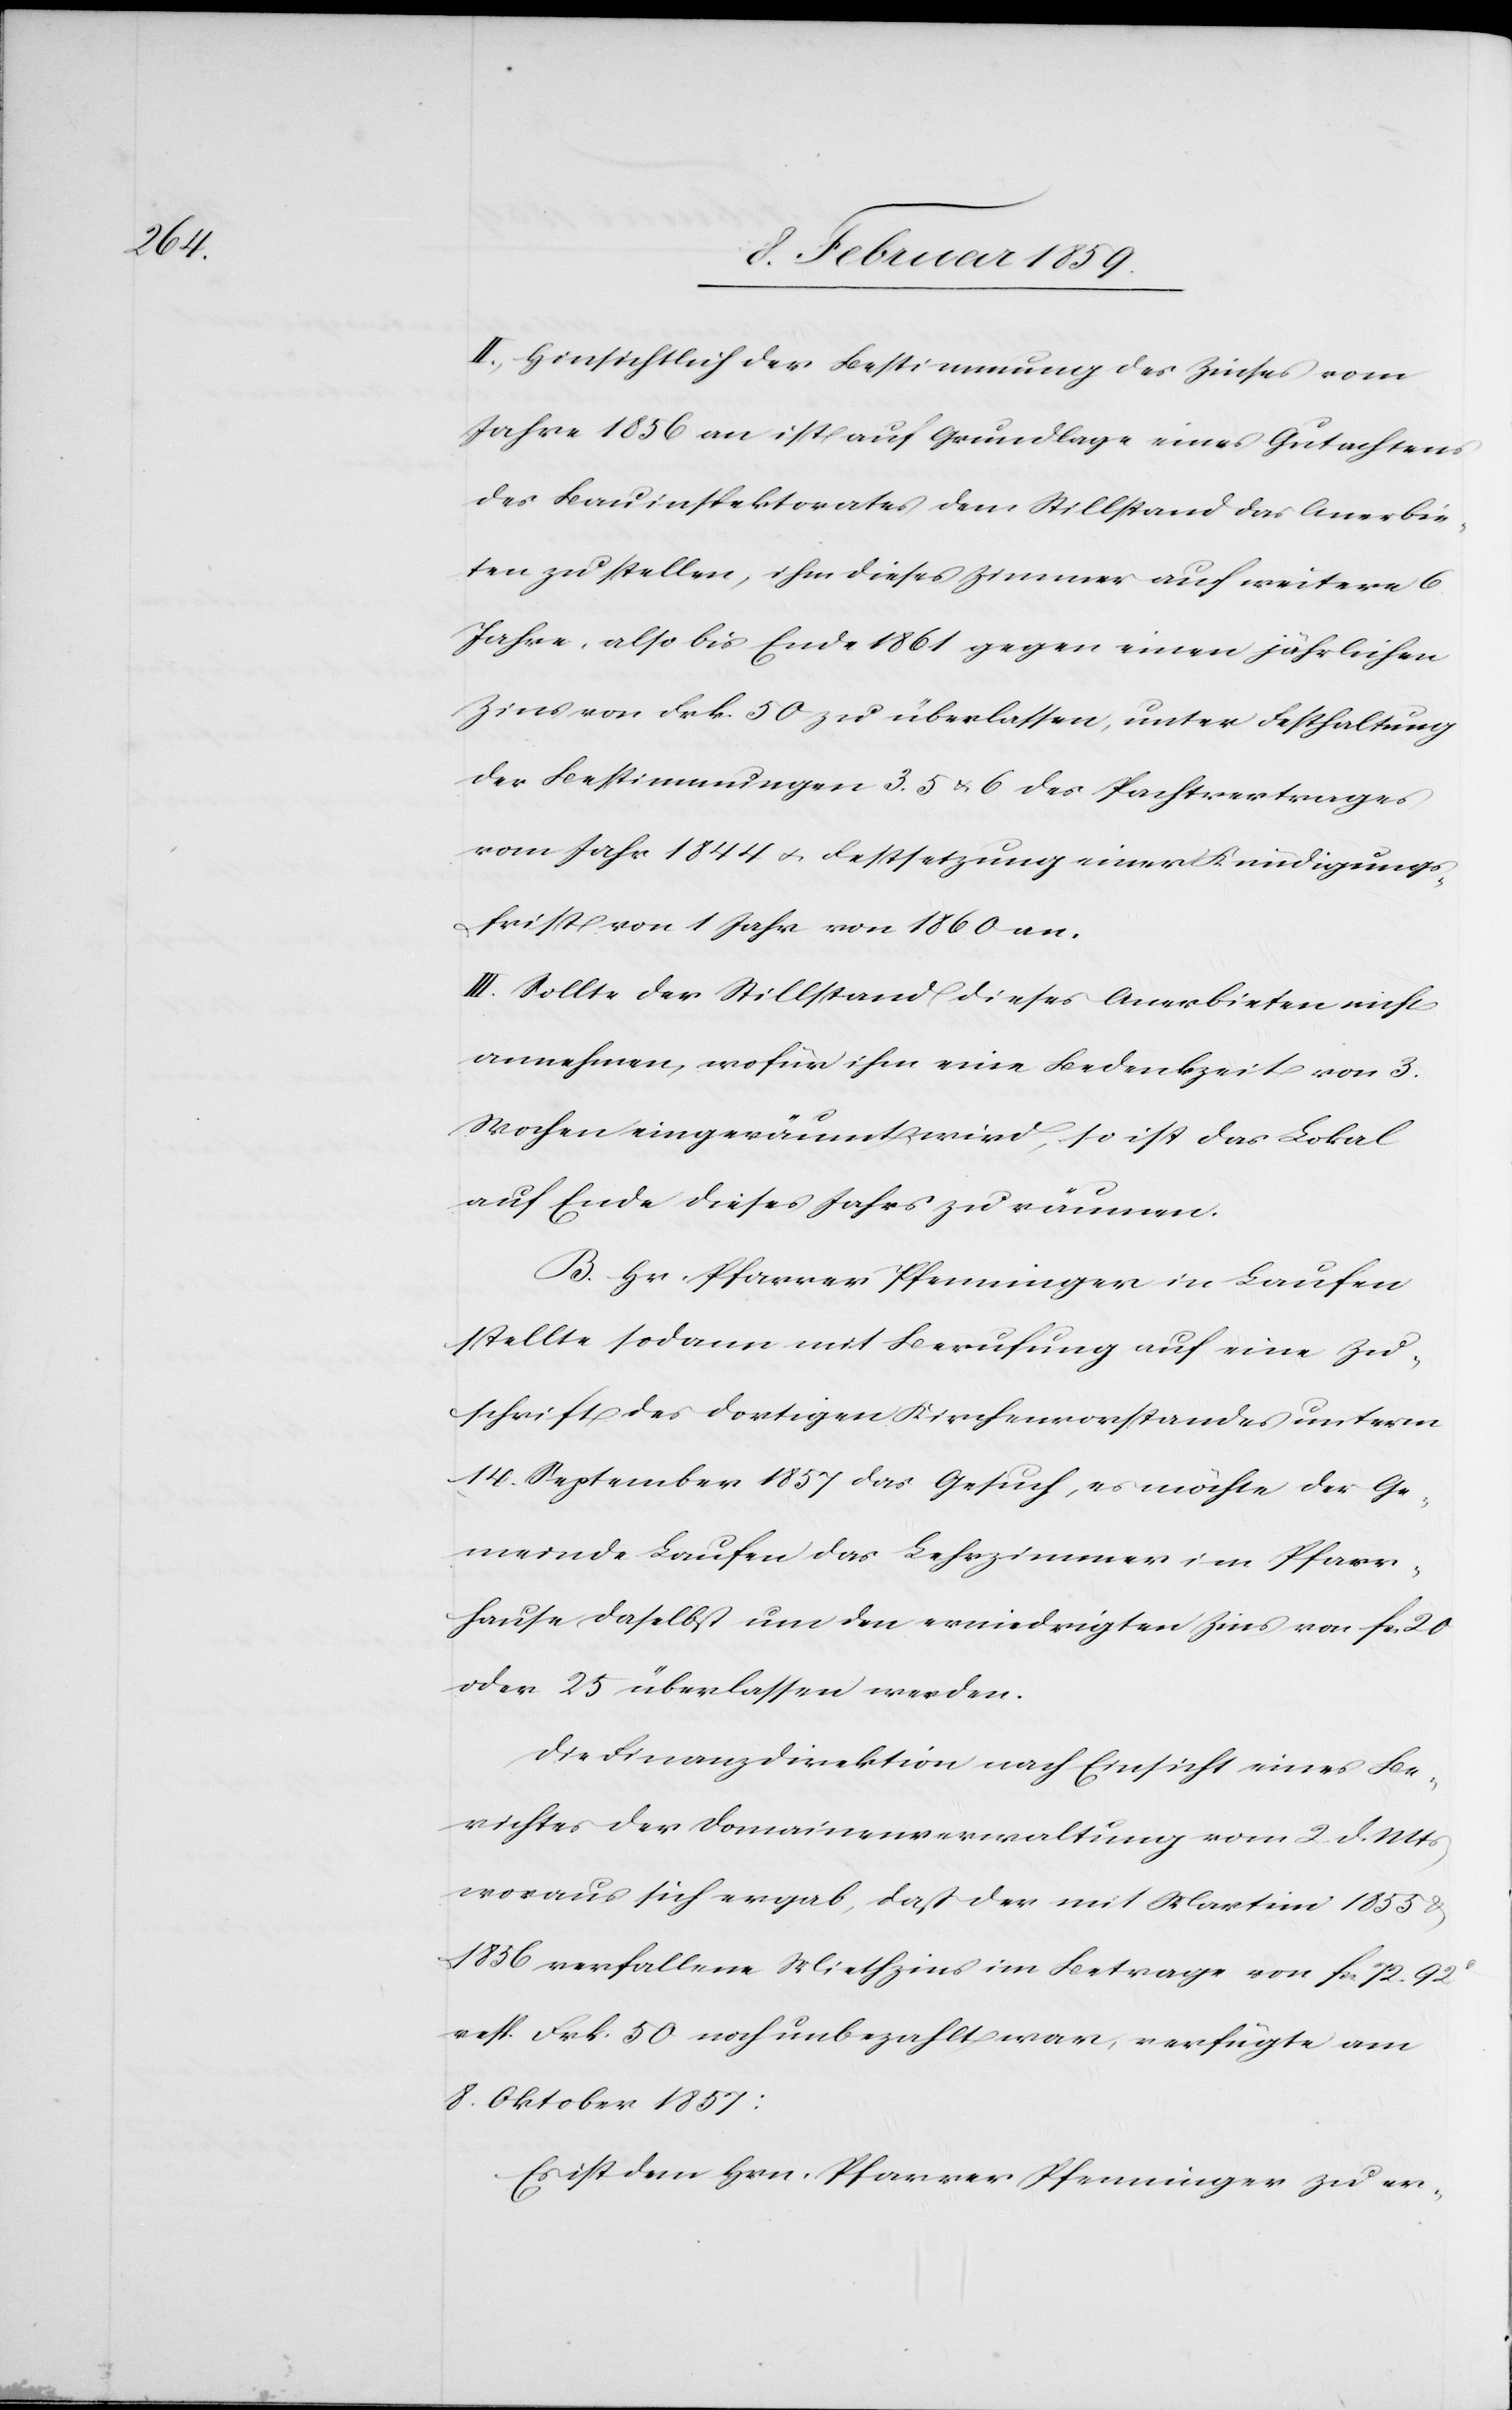
II. Hinsichtlich der Bestimmung des Zinses vom
Jahre 1856 an ist auf Grundlage eines Gutachtens
des Bauinspektorates dem Stillstand das Anerbie¬
ten zu stellen, ihm dieses Zimmer auf weitere 6
Jahre, also bis Ende 1861 gegen einen jährlichen
Zins von Frk. 50 zu überlassen, unter Festhaltung
der Bestimmungen 3, 5 u. 6 des Pachtvertrages
vom Jahr 1844 u. Festsetzung einer Kündigungs¬
frist von 1 Jahr von 1860 an.
III. Sollte der Stillstand dieses Anerbieten nicht
annehmen, wofür ihm eine Bedenkzeit von 3.
Wochen eingeräumt wird, so ist das Lokal
auf Ende dieses Jahres zu räumen.
B. Hr. Pfarrer Pfenninger in Laufen
stellte sodann mit Berufung auf eine Zu¬
schrift des dortigen Kirchenvorstandes unterm
14. September 1857 das Gesuch, es möchte der Ge¬
meinde Laufen das Lehrzimmer im Pfarr¬
hause daselbst um den erniedrigten Zins von fn.
oder 25 überlassen werden.
Die Finanzdirektion nach Einsicht eines Be¬
richtes der Domainenverwaltung vom 2. d. Mts
woraus sich ergab, daß der mit Martini 1855 &
1856 verfallene Mietzins im Betrage von fcs 72. 92
resp. Frk. 50 noch unbezahlt war, verfügte am
8. Oktober 1857:
Es ist dem Hrn. Pfarrer Pfenninger zu er-